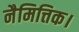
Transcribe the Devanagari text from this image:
नैमित्तिक।